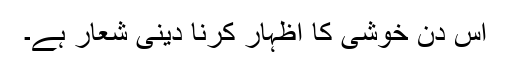
اس دن خوشی کا اظہار کرنا دینی شعار ہے۔